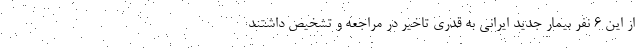
از این ۶ نفر بیمار جدید ایرانی به قدری تاخیر در مراجعه و تشخیص داشتند